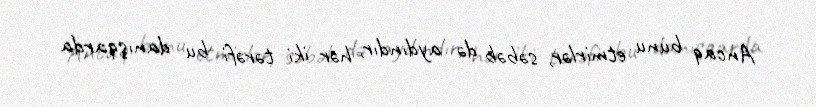
Ancaq bunu etmirlər, səbəb də aydındır, hər iki tərəfi bu danışqarda